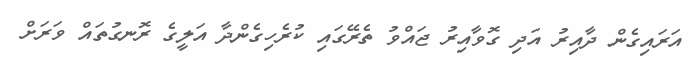
އަރައިގެން ދާއިރު އަދި ގޮވާއިރު ޖައްވު ތެރޭގައި ކުރެހިގެންދާ އަލީގެ ރޮނގުތައް ވަރަށް